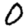
Digit: 0